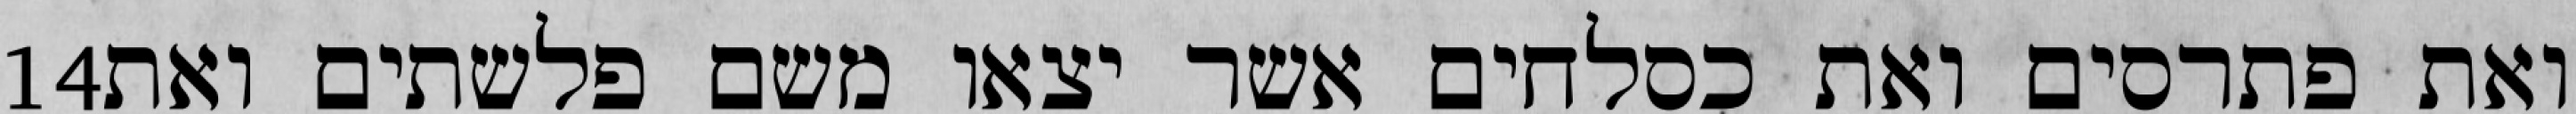
‎14‏ ואת פתרסים ואת כסלחים אשר יצאו משם פלשתים ואת